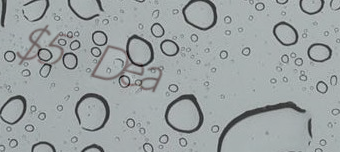
$5 Deal